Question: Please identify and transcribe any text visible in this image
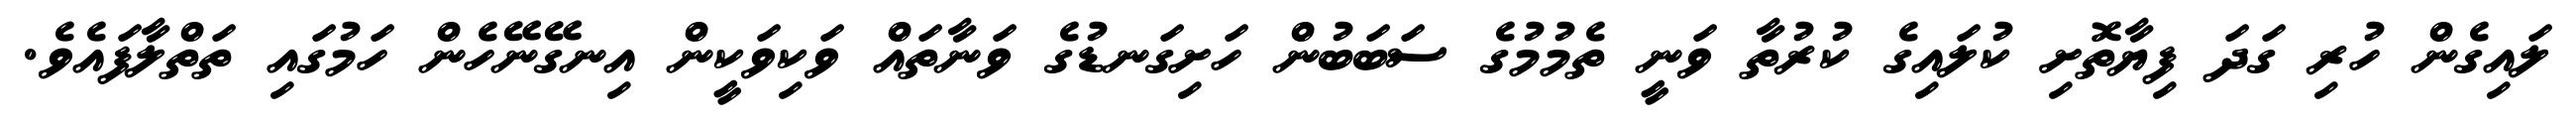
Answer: ލައިގެން ހުރި ގަދަ ފިޔާތޮށި ކުލައިގެ ކުރުތާ ވަނީ ތެމުމުގެ ސަބަބުން ހަށިގަނޑުގެ ވަނާތައް ވަކިވަކީން އިނގޭނޭހެން ހަމުގައި ތަތްލާފައެވެ.